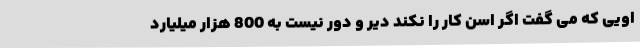
اویی که می گفت اگر اسن کار را نکند دیر و دور نیست به 800 هزار میلیارد